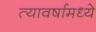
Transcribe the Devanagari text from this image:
त्यावर्षामध्ये